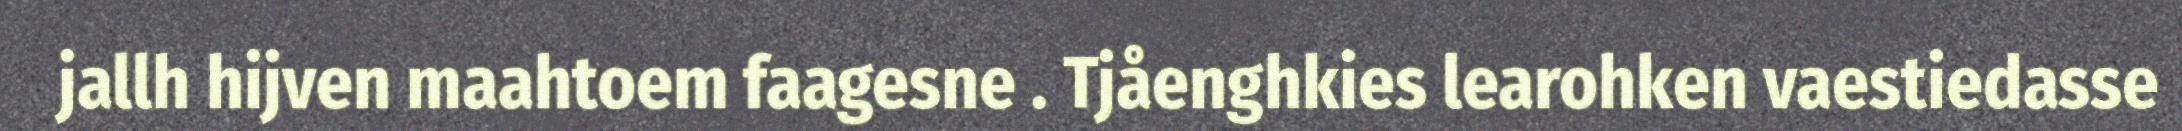
jallh hijven maahtoem faagesne . Tjåenghkies learohken vaestiedasse